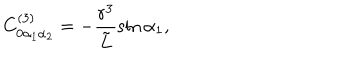
LaTeX: C _ { 0 \alpha _ { 1 } \alpha _ { 2 } } ^ { ( 3 ) } = - \frac { r ^ { 3 } } { { \tilde { L } } } \sin { \alpha _ { 1 } } ,